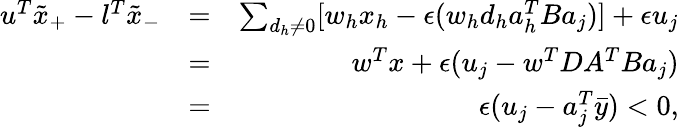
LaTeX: \begin{array}{rlr}{u^{T}\tilde{x}_{+}-l^{T}\tilde{x}_{-}}&{=}&{\sum_{d_{h}\neq 0}[w_{h}x_{h}-\epsilon(w_{h}d_{h}a_{h}^{T}Ba_{j})]+\epsilon u_{j}}\\ &{=}&{w^{T}x+\epsilon(u_{j}-w^{T}DA^{T}Ba_{j})}\\ &{=}&{\epsilon(u_{j}-a_{j}^{T}\bar{y})<0,}\end{array}